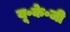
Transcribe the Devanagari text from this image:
यू॰के॰जी